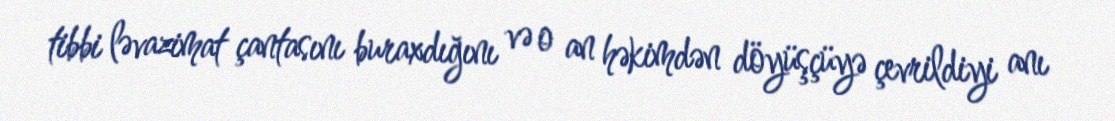
tibbi ləvazimat çantasını buraxdığını və o an həkimdən döyüşçüyə çevrildiyi anı